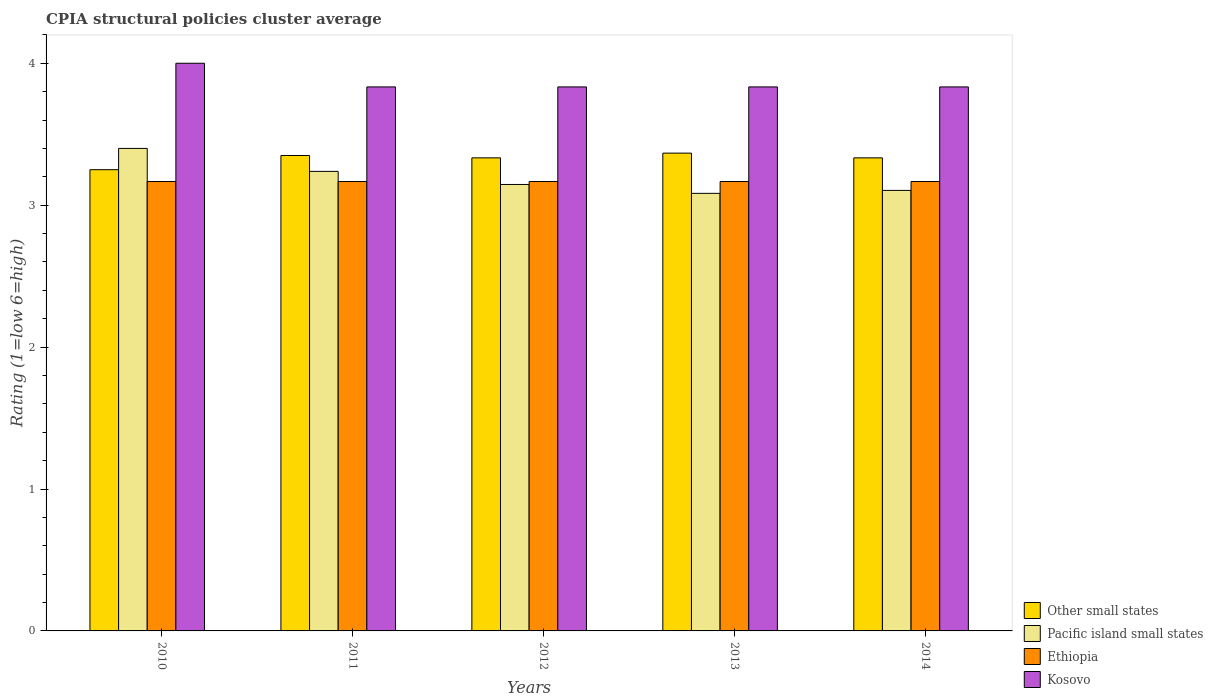
| Years | Other small states | Pacific island small states | Ethiopia | Kosovo |
 | --- | --- | --- | --- | --- |
 | 2010 | 3.25 | 3.4 | 3.17 | 4 |
 | 2011 | 3.35 | 3.24 | 3.17 | 3.83 |
 | 2012 | 3.33 | 3.15 | 3.17 | 3.83 |
 | 2013 | 3.37 | 3.08 | 3.17 | 3.83 |
 | 2014 | 3.33 | 3.1 | 3.17 | 3.83 |